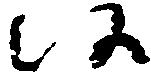
候